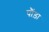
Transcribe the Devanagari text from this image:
पौंड़ा